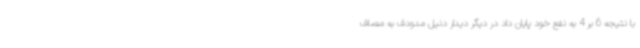
با نتیجه 6 بر 4 به نفع خود پایان داد در دیگر دیدار دنیل مدودف به مصاف